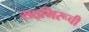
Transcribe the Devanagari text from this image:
सद्‌भिरूची